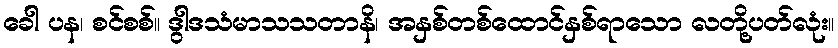
ခေါ ပန၊ စင်စစ်။ ဒွါဒသံမာသသတာနိ၊ အနှစ်တစ်ထောင်နှစ်ရာသော လတို့ပတ်လုံး။